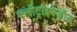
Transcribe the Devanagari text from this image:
क्लॉट्राइमेज़ॉल